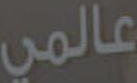
عالمي